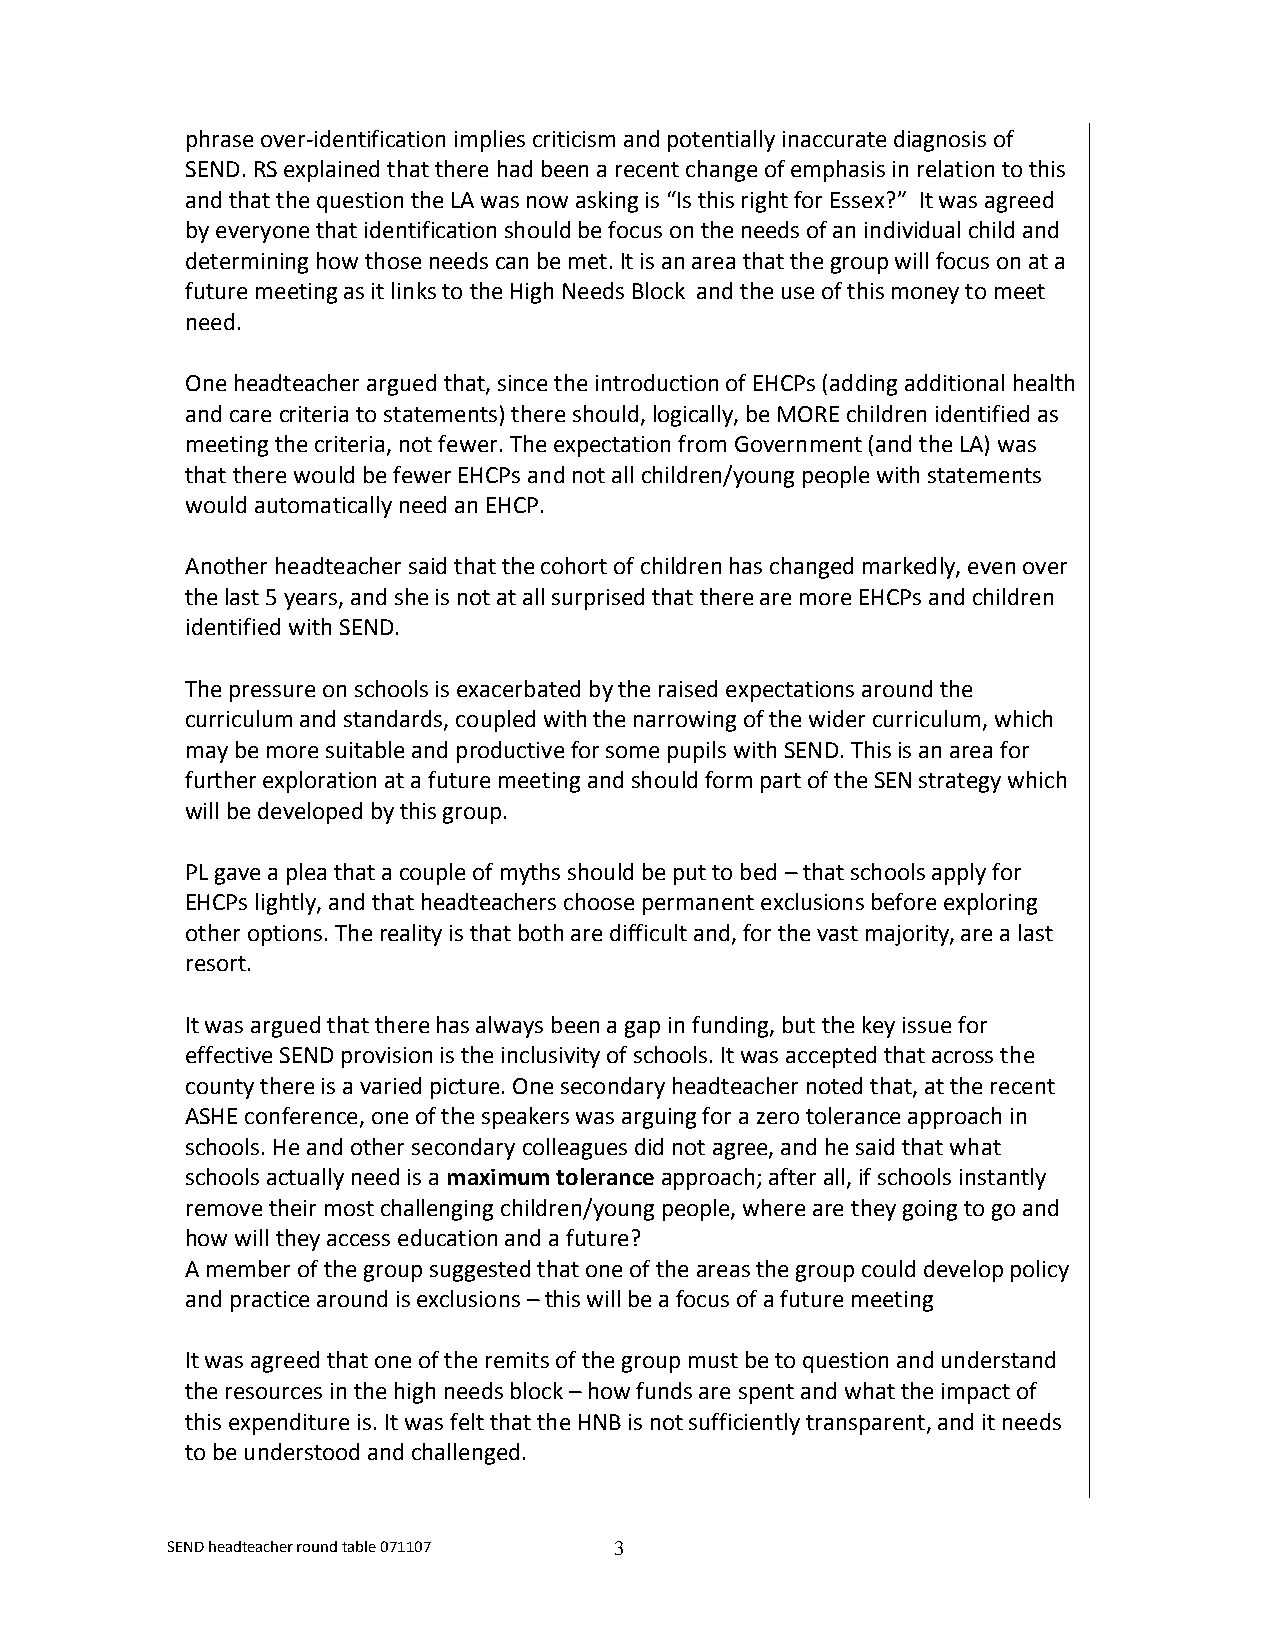
phrase over-identification implies criticism and potentially inaccurate diagnosis of
 SEND. RS explained that there had been a recent change of emphasis in relation to this
 and that the question the LA was now asking is “Is this right for Essex?” It was agreed
 by everyone that identification should be focus on the needs of an individual child and
 determining how those needs can be met. It is an area that the group will focus on at a
 future meeting as it links to the High Needs Block and the use of this money to meet
 need.
 One headteacher argued that, since the introduction of EHCPs (adding additional health
 and care criteria to statements) there should, logically, be MORE children identified as
 meeting the criteria, not fewer. The expectation from Government (and the LA) was
 that there would be fewer EHCPs and not all children/young people with statements
 would automatically need an EHCP.
 Another headteacher said that the cohort of children has changed markedly, even over
 the last 5 years, and she is not at all surprised that there are more EHCPs and children
 identified with SEND.
 The pressure on schools is exacerbated by the raised expectations around the
 curriculum and standards, coupled with the narrowing of the wider curriculum, which
 may be more suitable and productive for some pupils with SEND. This is an area for
 further exploration at a future meeting and should form part of the SEN strategy which
 will be developed by this group.
 PL gave a plea that a couple of myths should be put to bed – that schools apply for
 EHCPs lightly, and that headteachers choose permanent exclusions before exploring
 other options. The reality is that both are difficult and, for the vast majority, are a last
 resort.
 It was argued that there has always been a gap in funding, but the key issue for
 effective SEND provision is the inclusivity of schools. It was accepted that across the
 county there is a varied picture. One secondary headteacher noted that, at the recent
 ASHE conference, one of the speakers was arguing for a zero tolerance approach in
 schools. He and other secondary colleagues did not agree, and he said that what
 schools actually need is a maximum tolerance approach; after all, if schools instantly
 remove their most challenging children/young people, where are they going to go and
 how will they access education and a future?
 A member of the group suggested that one of the areas the group could develop policy
 and practice around is exclusions – this will be a focus of a future meeting
 It was agreed that one of the remits of the group must be to question and understand
 the resources in the high needs block – how funds are spent and what the impact of
 this expenditure is. It was felt that the HNB is not sufficiently transparent, and it needs
 to be understood and challenged.
 SEND headteacher round table 071107 3